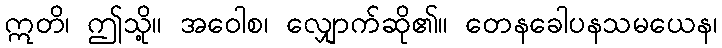
ဣတိ၊ ဤသို့။ အဝေါစ၊ လျှောက်ဆို၏။ တေနခေါပနသမယေန၊